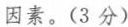
因素。(3分)